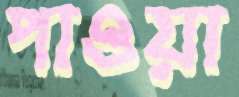
পাওয়া